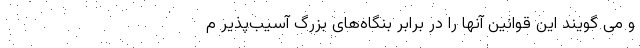
و می گویند این قوانین آنها را در برابر بنگاه‌های بزرگ آسیب‌پذیر م